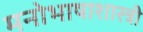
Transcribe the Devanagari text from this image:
मनोभाषाशास्त्री